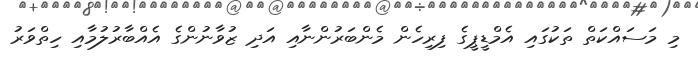
މި މަސައްކަތް ތަކުގައި އެމްޑީޕީގެ ފިރިހެން މެންބަރުންނާއި އަދި ޒުވާނުންގެ އެއްބާރުލުމާއި ހިތްވަރު